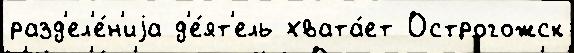
разд'ел'е́н'иjа д'е́ят'ель хвата́ет Острогожск